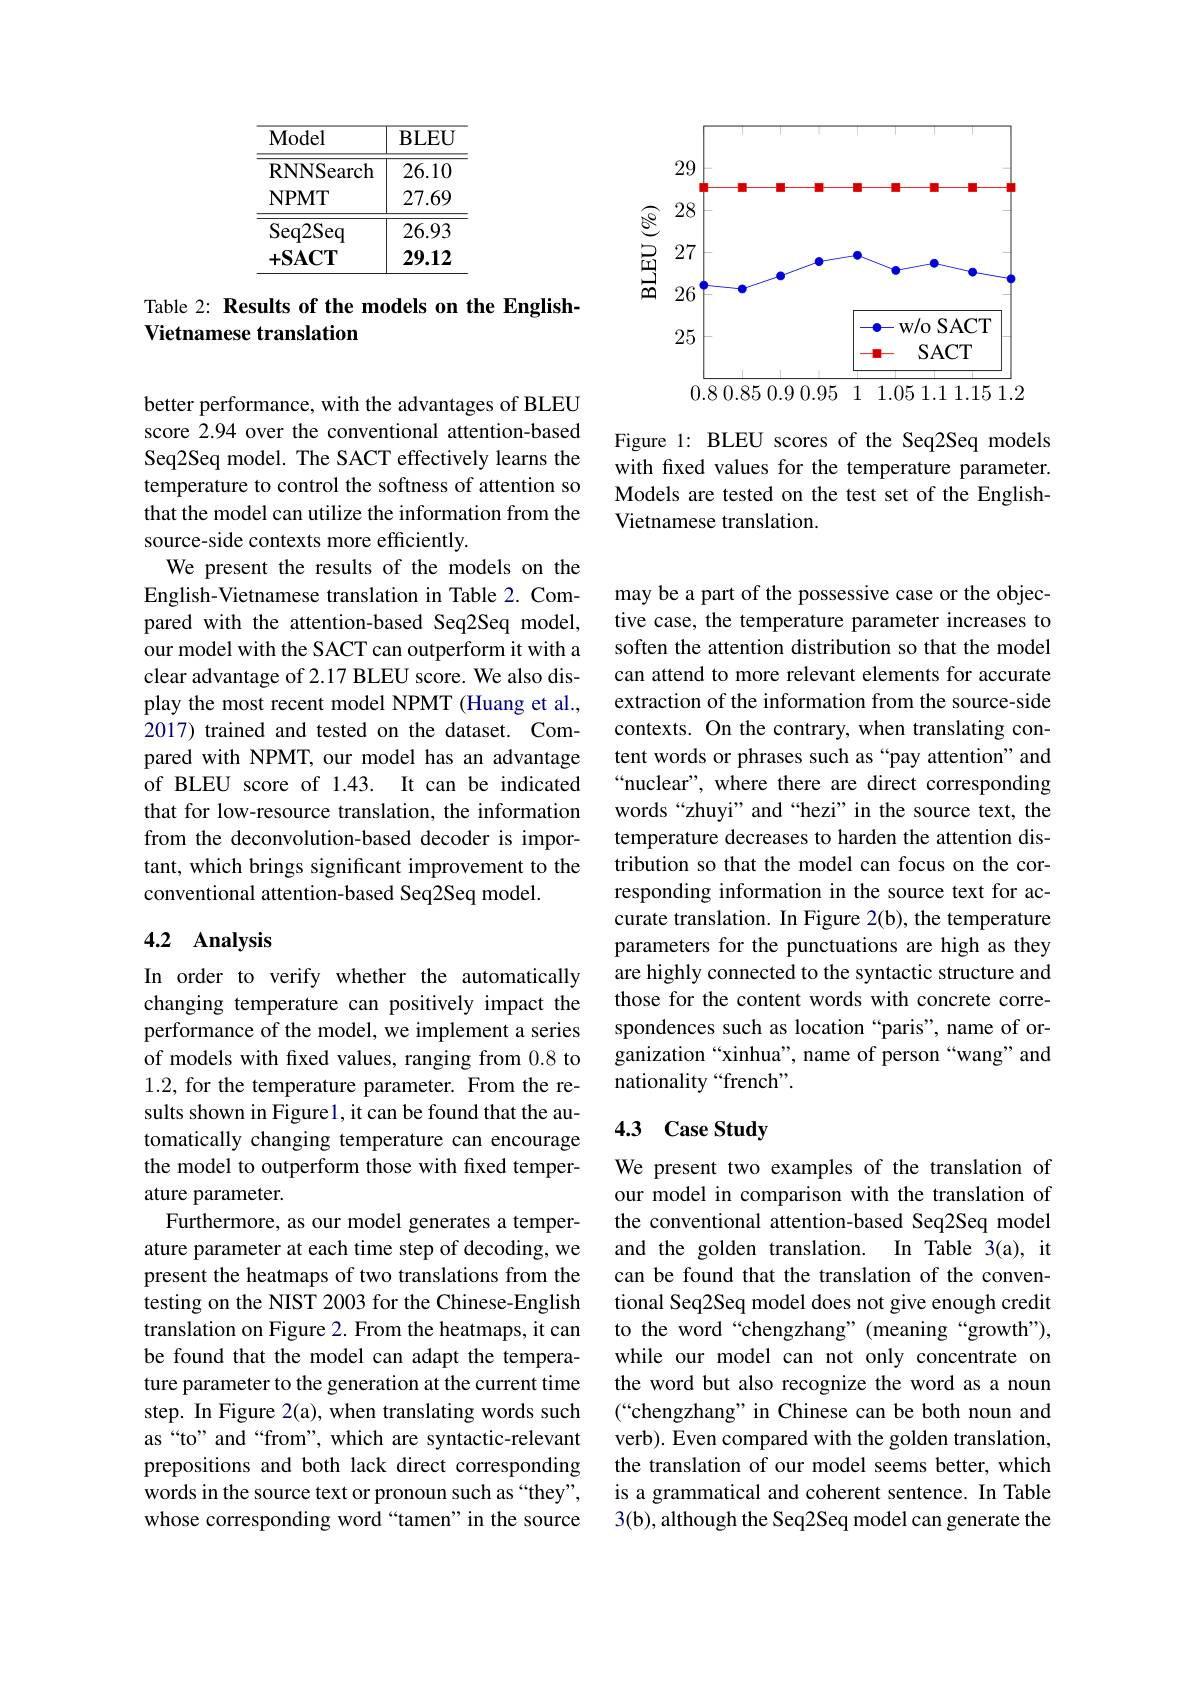
<table>
	<tbody>
		<tr>
			<th>$\mathbf{Model}$</th>
			<th>$\mathbf{BLEU}$</th>
		</tr>
		<tr>
			<td>$\mathbf{RNNSearch}$</td>
			<td>26.10</td>
		</tr>
		<tr>
			<td>$\mathbf{NPMT}$</td>
			<td>27.69</td>
		</tr>
		<tr>
			<td>Seq2Seq</td>
			<td>26.93</td>
		</tr>
		<tr>
			<td>$+\mathbf{SACT}$</td>
			<td>29.12</td>
		</tr>
	</tbody>
</table>

Table 2: Results of the models on the English-
Vietnamese translation

better performance, with the advantages of BLEU score 2.94 over the conventional attention-based Seq2Seq model. The SACT effectively learns the temperature to control the softness of attention so that the model can utilize the information from the source-side contexts more efficiently.
We present the results of the models on the English-Vietnamese translation in Table 2. Compared with the attention-based Seq2Seq model, our model with the SACT can outperform it with a clear advantage of 2.17 BLEU score. We also display the most recent model NPMT (Huang et al., 2017) trained and tested on the dataset. Compared with NPMT, our model has an advantage of BLEU score of 1.43. It can be indicated that for low-resource translation, the information from the deconvolution-based decoder is important, which brings significant improvement to the conventional attention-based Seq2Seq model.

## 4.2 Analysis

In order to verify whether the automatically changing temperature can positively impact the performance of the model, we implement a series of models with fxed values, ranging from 0.8 to 1.2, for the temperature parameter. From the results shown in Figurel, it can be found that the automatically changing temperature can encourage the model to outperform those with fixed temperature parameter.
Furthermore, as our model generates a temperature parameter at each time step of decoding, we present the heatmaps of two translations from the testing on the NIST 2003 for the Chinese-English translation on Figure 2. From the heatmaps, it can be found that the model can adapt the temperature parameter to the generation at the current time step. In Figure 2(a), when translating words such as“to” and“from”, which are syntactic-relevant prepositions and both lack direct corresponding words in the source text or pronoun such as “they”, whose corresponding word “tamen”in the source

<FigureHere>

Figure 1: BLEU scores of the Seq2Seq models with fxed values for the temperature parameter. Models are tested on the test set of the EnglishVietnamese translation.

may be a part of the possessive case or the objective case, the temperature parameter increases to soften the attention distribution so that the model can attend to more relevant elements for accurate extraction of the information from the source-side contexts. On the contrary, when translating content words or phrases such as “pay attention" and “nuclear”, where there are direct corresponding words“zhuyi” and“hezi” in the source text, the temperature decreases to harden the attention distribution so that the model can focus on the corresponding information in the source text for accurate translation. In Figure 2(b), the temperature parameters for the punctuations are high as they are highly connected to the syntactic structure and those for the content words with concrete correspondences such as location “paris”, name of organization“xinhua”, name of person“wang”and nationality “french”.

# 4.3 Case Study

We present two examples of the translation of our model in comparison with the translation of the conventional attention-based Seq2Seq model and the golden translation. In Table 3(a), it can be found that the translation of the conventional Seq2Seq model does not give enough credit to the word “chengzhang”(meaning“growth"), while our model can not only concentrate on the word but also recognize the word as a noun (“chengzhang” in Chinese can be both noun and verb). Even compared with the golden translation, the translation of our model seems better, which is a grammatical and coherent sentence. In Table 3(b), although the Seq2Seq model can generate the